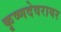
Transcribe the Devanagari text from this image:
कृष्णदेवरायर